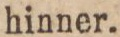
hinner.